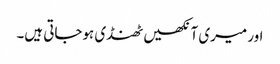
اور میری آنکھیں ٹھنڈی ہوجاتی ہیں۔